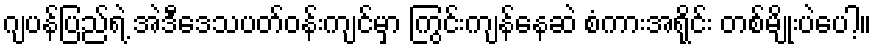
ဂျပန်ပြည်ရဲ့ အဲဒီဒေသပတ်ဝန်းကျင်မှာ ကြွင်းကျန်နေဆဲ စံကားအရိုင်း တစ်မျိုးပဲပေါ့။